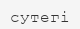
сутегі